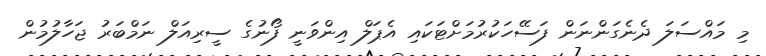
މި މައްސަލަ ދެނެގަންނަން ފަސޭހަކުރުމަށްޓަކައި އެޕަލް އިންވަނީ ފޯނުގެ ސީރިއަލް ނަމްބަރު ޖަހާލުމުން